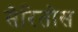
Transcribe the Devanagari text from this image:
सेरितोस